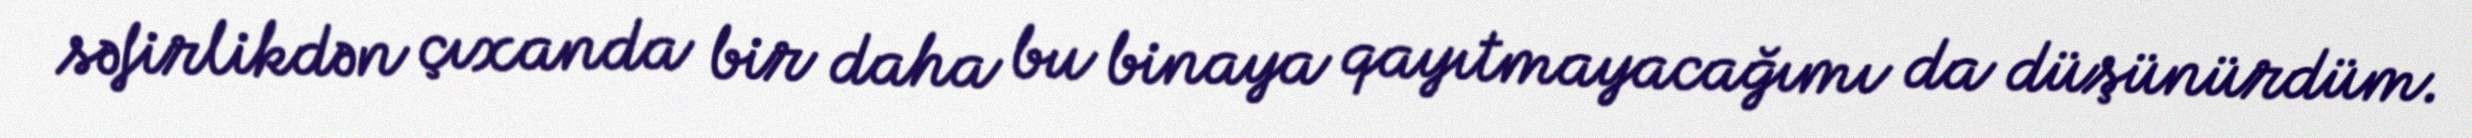
səfirlikdən çıxanda bir daha bu binaya qayıtmayacağımı da düşünürdüm.